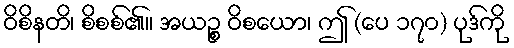
ဝိစိနတိ၊ စိစစ်၏။ အယဉ္စ ဝိစယော၊ ဤ (ပေ ၁၇၀) ပုဒ်ကို